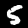
Digit: 5